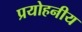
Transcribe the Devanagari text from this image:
प्रयोहनीय